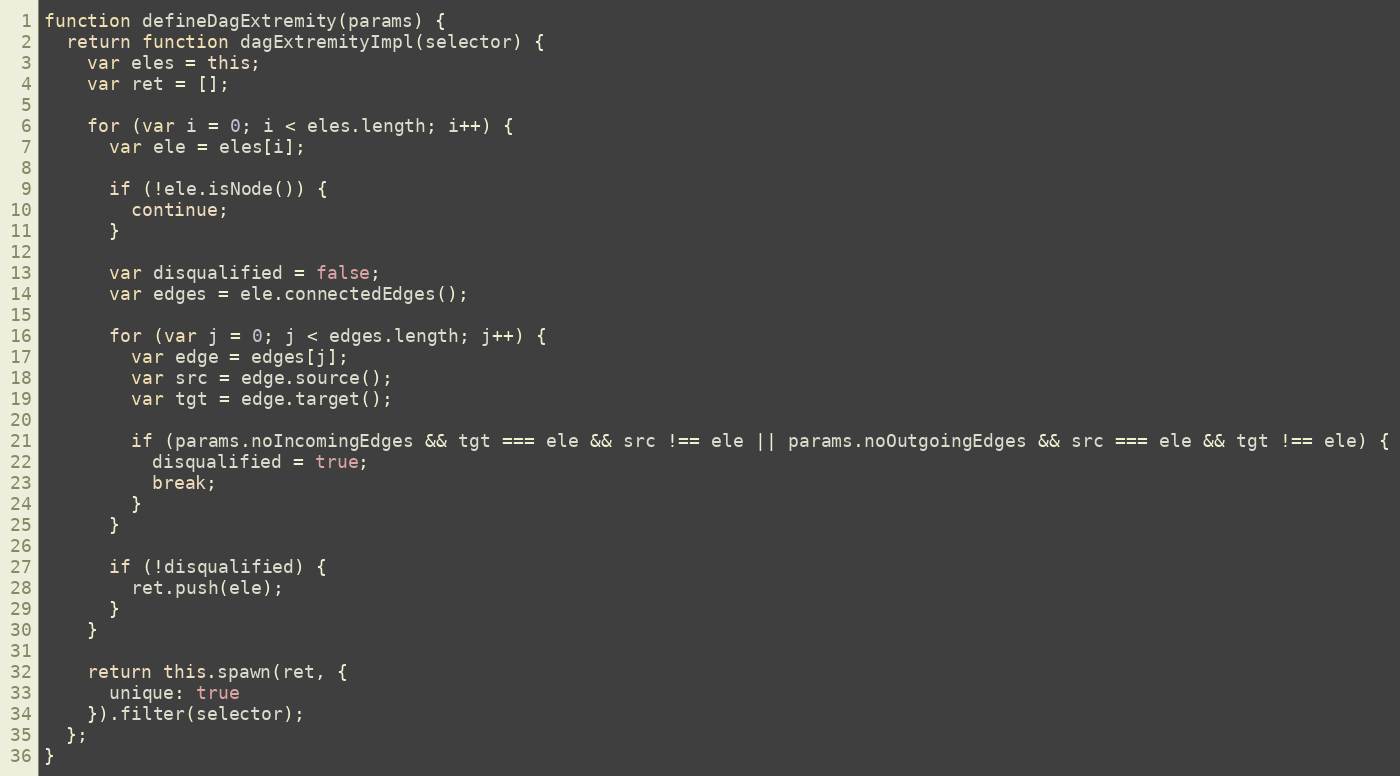
Language: JavaScript
function defineDagExtremity(params) {
  return function dagExtremityImpl(selector) {
    var eles = this;
    var ret = [];

    for (var i = 0; i < eles.length; i++) {
      var ele = eles[i];

      if (!ele.isNode()) {
        continue;
      }

      var disqualified = false;
      var edges = ele.connectedEdges();

      for (var j = 0; j < edges.length; j++) {
        var edge = edges[j];
        var src = edge.source();
        var tgt = edge.target();

        if (params.noIncomingEdges && tgt === ele && src !== ele || params.noOutgoingEdges && src === ele && tgt !== ele) {
          disqualified = true;
          break;
        }
      }

      if (!disqualified) {
        ret.push(ele);
      }
    }

    return this.spawn(ret, {
      unique: true
    }).filter(selector);
  };
}